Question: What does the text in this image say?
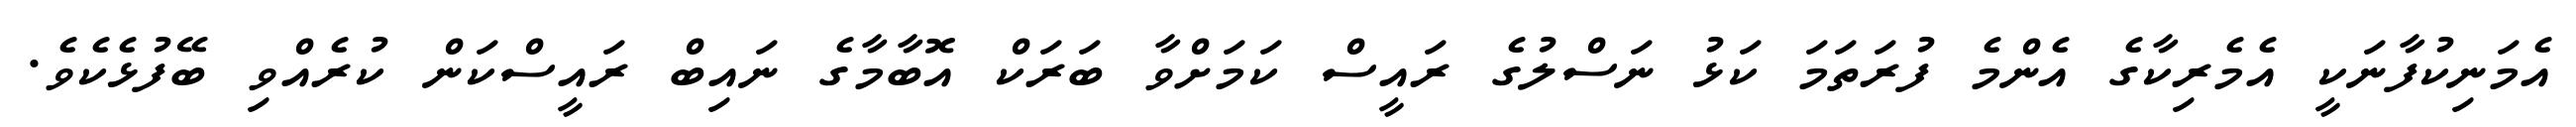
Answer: އެމަނިކުފާނަކީ އެމެރިކާގެ އެންމެ ފުރަތަމަ ކަޅު ނަސްލުގެ ރައީސް ކަމަށްވާ ބަރަކް އޮބާމާގެ ނައިބް ރައީސްކަން ކުރެއްވި ބޭފުޅެކެވެ.